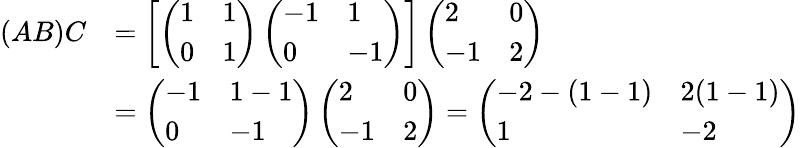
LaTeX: \begin{array}{rl}{(AB)C}&{=\left[\left(\begin{array}{ll}{1}&{1}\\ {0}&{1}\end{array}\right)\left(\begin{array}{ll}{-1}&{1}\\ {0}&{-1}\end{array}\right)\right]\left(\begin{array}{ll}{2}&{0}\\ {-1}&{2}\end{array}\right)}\\ &{=\left(\begin{array}{ll}{-1}&{1-1}\\ {0}&{-1}\end{array}\right)\left(\begin{array}{ll}{2}&{0}\\ {-1}&{2}\end{array}\right)=\left(\begin{array}{ll}{-2-(1-1)}&{2(1-1)}\\ {1}&{-2}\end{array}\right)}\end{array}